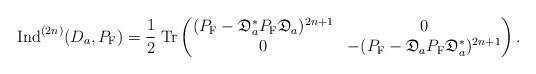
LaTeX: \begin{align*}{\rm Ind}^{(2n)}(D_a,P_{\rm F})=\frac{1}{2}\;{\rm Tr}\left(\begin{matrix}(P_{\rm F}-\mathfrak{D}_a^\ast P_{\rm F}\mathfrak{D}_a)^{2n+1} & 0\cr 0 & -(P_{\rm F}-\mathfrak{D}_a P_{\rm F}\mathfrak{D}_a^\ast)^{2n+1}\cr\end{matrix}\right).\end{align*}